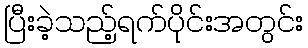
ပြီးခဲ့သည့်ရက်ပိုင်းအတွင်း